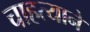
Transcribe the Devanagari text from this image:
चाहत्याने